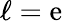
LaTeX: \ell=\mathrm{e}